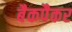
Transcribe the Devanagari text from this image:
बैकपैकर